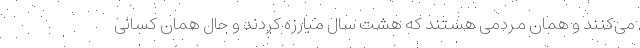
می‌کنند و همان مردمی هستند که هشت سال مبارزه کردند و حال همان کسانی